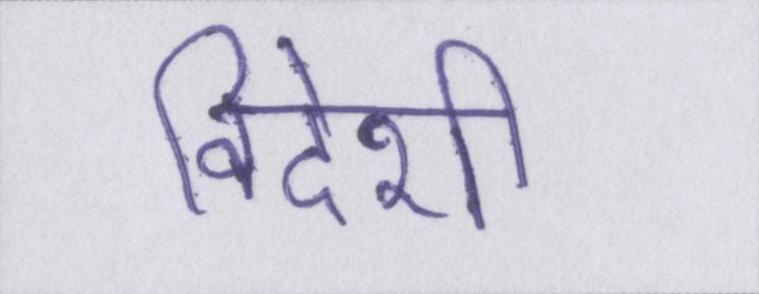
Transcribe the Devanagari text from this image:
विदेशी